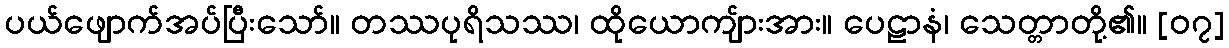
ပယ်ဖျောက်အပ်ပြီးသော်။ တဿပုရိသဿ၊ ထိုယောကျ်ားအား။ ပေဠာနံ၊ သေတ္တာတို့၏။ [၀၇]